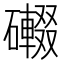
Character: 𱴿